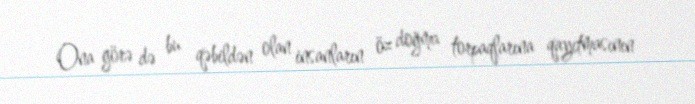
Ona görə də bu qəbildən olan insanların öz doğma torpaqlarına qayıtmasının